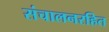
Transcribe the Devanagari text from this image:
संचालनरहित